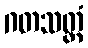
ဂတသတ္တံ